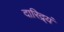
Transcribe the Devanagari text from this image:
दारिद्र्यं